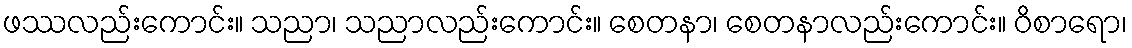
ဖဿလည်းကောင်း။ သညာ၊ သညာလည်းကောင်း။ စေတနာ၊ စေတနာလည်းကောင်း။ ဝိစာရော၊